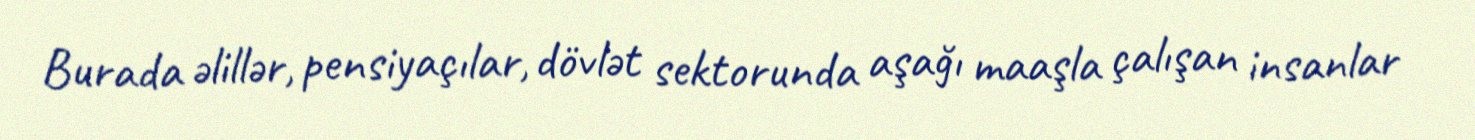
Burada əlillər, pensiyaçılar, dövlət sektorunda aşağı maaşla çalışan insanlar